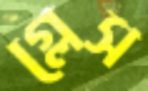
গ্লেস